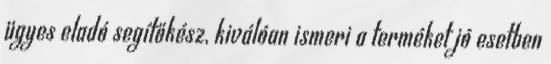
ügyes eladó segítőkész, kiválóan ismeri a terméket jó esetben